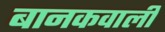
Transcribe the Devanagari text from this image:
बानकवाली